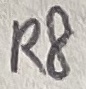
Text: R8